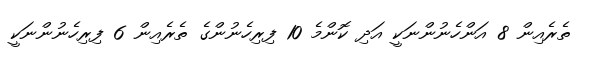
ތެރެއިން 8 އަންހެނުންނަކީ އަދި ކޮންމެ 10 ފިރިހެނުންގެ ތެރެއިން 6 ފިރިހެނުންނަކީ